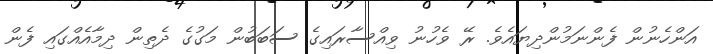
އަންހެނުން ފެންނަމުންދިޔައެވެ. ރޭ ވެހުނު ވިއްސާރައިގެ ސަބަބުން މަގުގެ ދެތިން ދިމާއެއްގައި ފެން